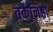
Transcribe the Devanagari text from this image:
तर्कनिष्ठा